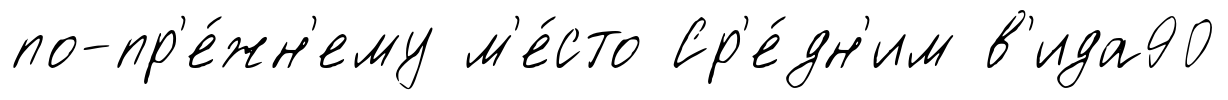
по-пр'е́жн'ему м'е́сто Ср'е́дн'им в'ида90